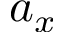
a _ { x }